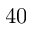
4 0